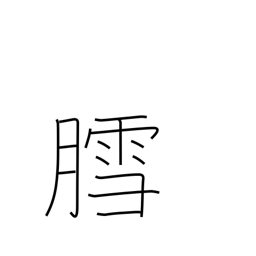
Meaning: snow